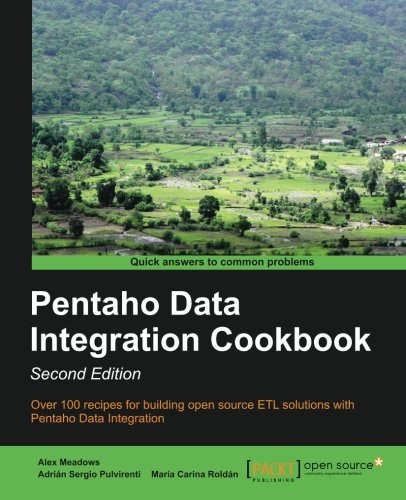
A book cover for Pentaho Data Integration Cookbook Second Edition; Alex Meadows; Computers & Technology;